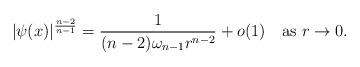
LaTeX: \begin{align*} | \psi (x) |^{\frac{n-2}{n-1}}= \frac{1}{(n-2) \omega_{n-1} r^{n-2}} + o(1)\quad\textrm{as }r\to0.\end{align*}